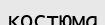
костюма